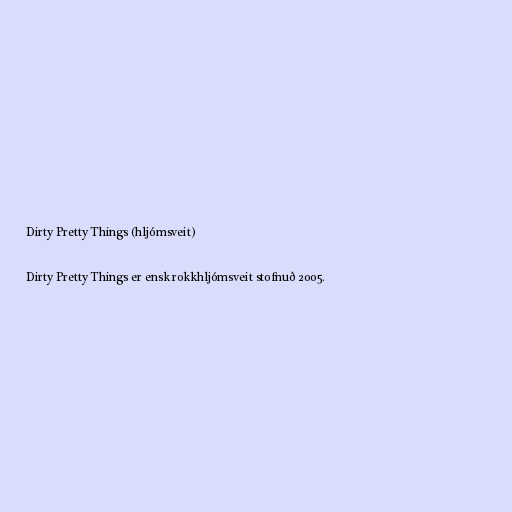
Dirty Pretty Things (hljómsveit)

Dirty Pretty Things er ensk rokkhljómsveit stofnuð 2005.